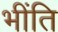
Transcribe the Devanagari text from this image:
भींति